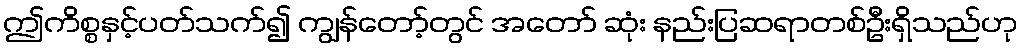
ဤကိစ္စနှင့်ပတ်သက်၍ ကျွန်တော့်တွင် အတော် ဆုံး နည်းပြဆရာတစ်ဦးရှိသည်ဟု